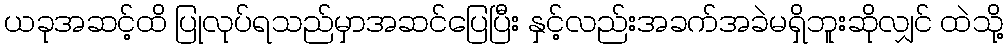
ယခုအဆင့်ထိ ပြုလုပ်ရသည်မှာအဆင်ပြေပြီး နှင့်လည်းအခက်အခဲမရှိဘူးဆိုလျှင် ထဲသို့